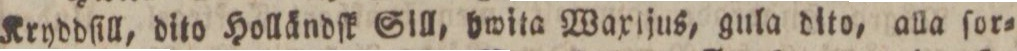
Kryddſill, dito Holländſk Sill, hwita Waxijus, gula dito, alla ſor=